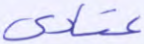
عتادى